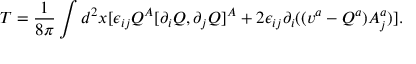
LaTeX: T = \frac { 1 } { 8 \pi } \int d ^ { 2 } x [ \epsilon _ { i j } Q ^ { A } [ \partial _ { i } Q , \partial _ { j } Q ] ^ { A } + 2 \epsilon _ { i j } \partial _ { i } ( ( v ^ { a } - Q ^ { a } ) A _ { j } ^ { a } ) ] .